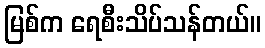
မြစ်က ရေစီးသိပ်သန်တယ်။